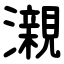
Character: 瀙